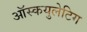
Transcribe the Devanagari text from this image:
ऑस्कयुलेटिग